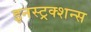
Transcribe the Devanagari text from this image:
इनस्ट्रक्शन्स